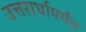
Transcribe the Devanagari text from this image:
उत्तरार्धापर्यंत